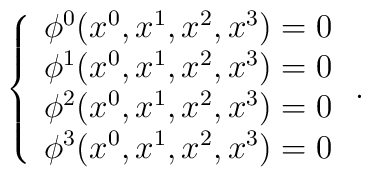
\left\{ \begin{array}{c}\phi ^0(x^0,x^1,x^2,x^3)=0 \\ \phi ^1(x^0,x^1,x^2,x^3)=0 \\ \phi ^2(x^0,x^1,x^2,x^3)=0 \\ \phi ^3(x^0,x^1,x^2,x^3)=0 \end{array}\right. .